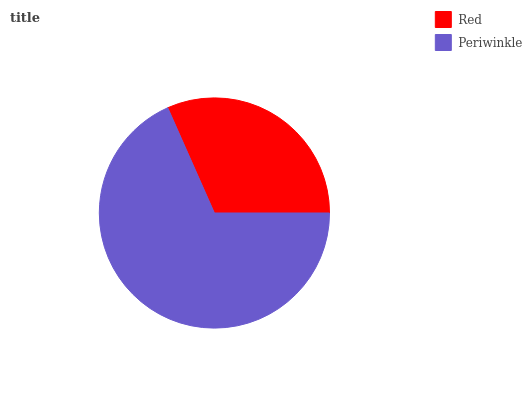
| Red | Periwinkle |
 | --- | --- |
 | 31.6% | 68.4% |